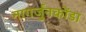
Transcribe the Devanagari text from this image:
नागर्जुनकोंडा